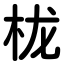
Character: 栊